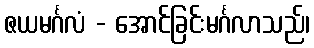
ဇယမင်္ဂလံ - အောင်ခြင်းမင်္ဂလာသည်၊